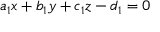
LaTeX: a _ { 1 } x + b _ { 1 } y + c _ { 1 } z - d _ { 1 } = 0